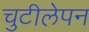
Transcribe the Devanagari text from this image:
चुटीलेपन